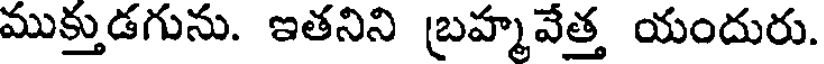
ముక్తుడగును. ఇతనిని బ్రహ్మవేత్త యందురు.